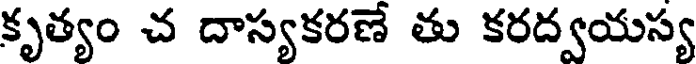
కృత్యం చ దాస్యకరణే తు కరద్వయస్య